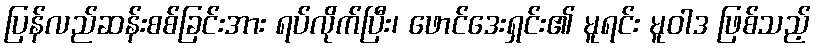
ပြန်လည်ဆန်းစစ်ခြင်းအား ရပ်လိုက်ပြီး၊ ဖောင်ဒေးရှင်း၏ မူရင်း မူဝါဒ ဖြစ်သည့်